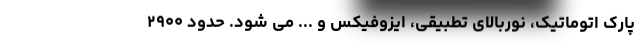
پارک اتوماتیک، نوربالای تطبیقی، ایزوفیکس و ... می شود. حدود ۲۹۰۰